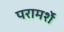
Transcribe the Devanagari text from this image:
परामर्शे